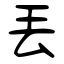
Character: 丟